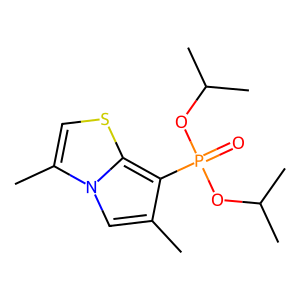
SMILES: Cc1cn2c(C)csc2c1P(=O)(OC(C)C)OC(C)C
Inhibits HIV replication: No